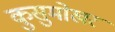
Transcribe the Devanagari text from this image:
कुसुमोखर